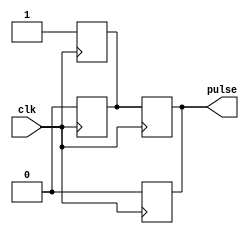
module Rising_Edge_Pulse_Generator(
   input clk,
   output reg pulse
);

reg pulse_sync;

always @(posedge clk) begin
   pulse_sync <= 1'b1;
   pulse <= 1'b0;
end

always @(negedge clk) begin
   pulse <= pulse_sync;
   pulse_sync <= 1'b0;
end

endmodule